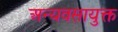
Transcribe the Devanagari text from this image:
अन्यवसायुक्त